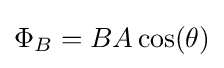
\Phi _{B}=BA\cos(\theta )